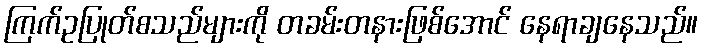
ကြက်ဥပြုတ်စသည်များကို တခမ်းတနားဖြစ်အောင် နေရာချနေသည်။